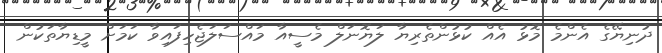
ދުނިޔޭގެ އެންމެ މޮޅު އެއް ކުޅުންތެރިޔާ ލަޔޮނަލް މެސީއާ މައްސަލަޖެހިފައިވާ ކަމަށް މީޑިޔާތަކުން